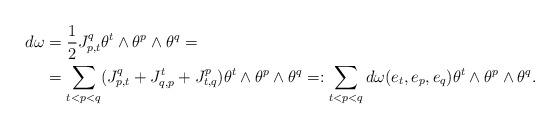
LaTeX: \begin{align*} d\omega&=\dfrac{1}{2}J_{p,t}^q\theta^t\wedge\theta^p\wedge\theta^q= \\&=\sum_{t<p<q}(J_{p,t}^q+J_{q,p}^t+J_{t,q}^p)\theta^t\wedge\theta^p\wedge\theta^q=:\sum_{t<p<q}d\omega(e_t,e_p,e_q)\theta^t\wedge\theta^p\wedge\theta^q.\end{align*}